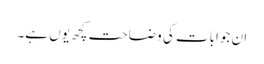
ان جوابات کی وضاحت کچھ یوں ہے۔